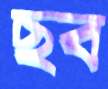
ছব